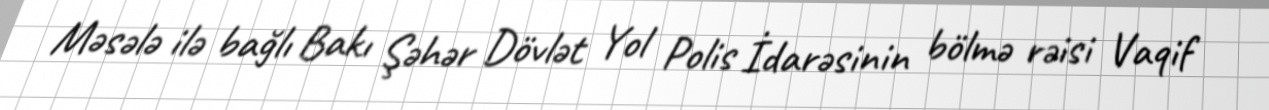
Məsələ ilə bağlı Bakı Şəhər Dövlət Yol Polis İdarəsinin bölmə rəisi Vaqif